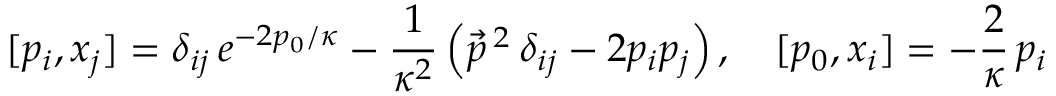
[ p _ { i } , x _ { j } ] = \delta _ { i j } \, e ^ { - 2 p _ { 0 } / \kappa } - \frac { 1 } { \kappa ^ { 2 } } \left( \vec { p } \, { } ^ { 2 } \, \delta _ { i j } - 2 p _ { i } p _ { j } \right) , \quad [ p _ { 0 } , x _ { i } ] = - \frac { 2 } \kappa \, p _ { i }